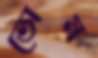
ভোম